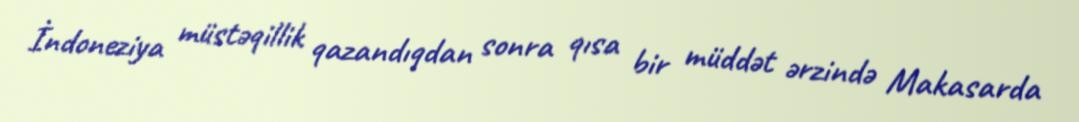
İndoneziya müstəqillik qazandıqdan sonra qısa bir müddət ərzində Makasarda